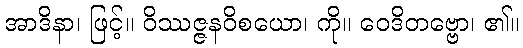
အာဒိနာ၊ ဖြင့်။ ဝိဿဇ္ဇနဝိစယော၊ ကို။ ဝေဒိတဗ္ဗော၊ ၏။